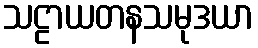
သဠာယတနသမုဒယာ